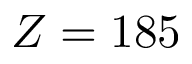
Z = 1 8 5